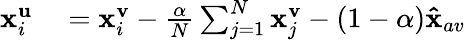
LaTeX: \begin{array}{rl}{\mathbf{x}_{i}^{\mathbf{u}}}&{{}=\mathbf{x}_{i}^{\mathbf{v}}-\frac{\alpha}{N}\sum_{j=1}^{N}\mathbf{x}_{j}^{\mathbf{v}}-(1-\alpha)\mathbf{\hat{x}}_{av}}\end{array}